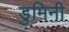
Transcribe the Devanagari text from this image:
डुमिनी